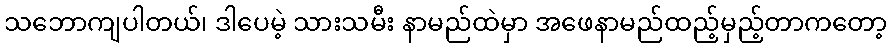
သဘောကျပါတယ်၊ ဒါပေမဲ့ သားသမီး နာမည်ထဲမှာ အဖေနာမည်ထည့်မှည့်တာကတော့